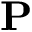
{ \bf P }